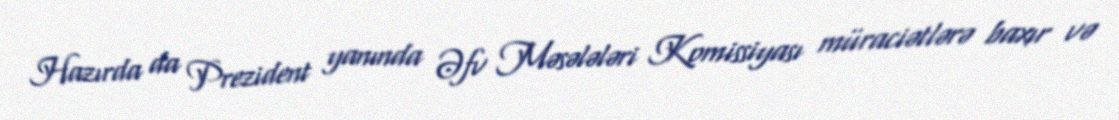
Hazırda da Prezident yanında Əfv Məsələləri Komissiyası müraciətlərə baxır və